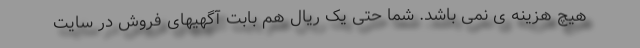
هیچ هزینه ی نمی باشد. شما حتی یک ریال هم بابت آگهیهای فروش در سایت